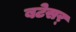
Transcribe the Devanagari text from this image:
बटेसर्